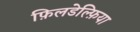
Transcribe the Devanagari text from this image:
फ़िलडेल्फ़िया